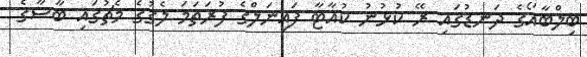
ބިލްބާއޯގެ ދަނޑުގައި ރޭ ކުޅުނު ކުއާޓާ ފައިނަލްގެ ފުރަތަމަ ލެގުގެ މެޗުގައި ބާސާގެ